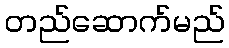
တည်ဆောက်မည်